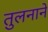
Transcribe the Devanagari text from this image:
तुलनाने